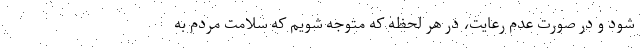
شود و در صورت عدم رعایت، در هر لحظه که متوجه شویم که سلامت مردم به